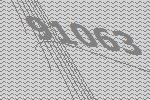
91063